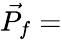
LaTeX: \vec{P_{f}}=